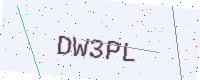
Text: DW3PL